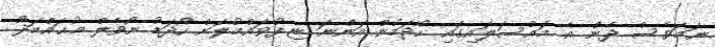
ނަމަވެސް ދެން އެ މައްސަލައިގައި ހޯދަމުން އަންނަ ޏ.ފުވައްމުލަށް ހޯދަޑު ނޯވެލް މުޙައްމަދު